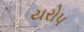
યરોપ